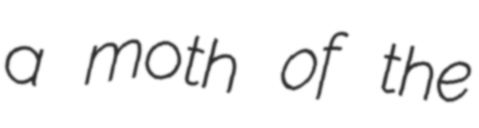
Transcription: a moth of the